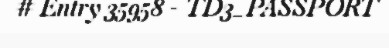
# Entry 35958 - TD3_PASSPORT